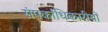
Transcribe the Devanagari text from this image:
संपर्काधिकारीयों